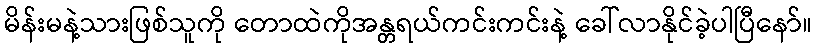
မိန်းမနဲ့သားဖြစ်သူကို တောထဲကိုအန္တရယ်ကင်းကင်းနဲ့ ခေါ်လာနိုင်ခဲ့ပါပြီနော်။